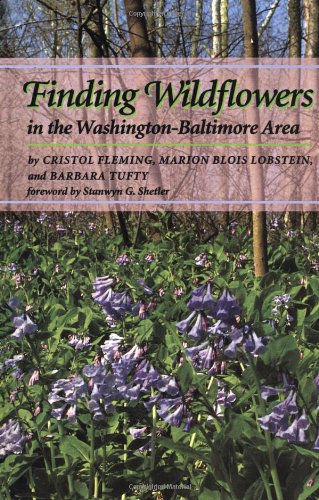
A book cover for Finding Wildflowers in the Washington-Baltimore Area (Johns Hopkins Paperback); Cristol Fleming; Travel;